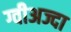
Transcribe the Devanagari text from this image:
ग्वीअज्दा